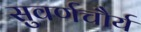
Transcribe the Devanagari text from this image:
सुवर्णचौर्य